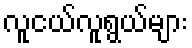
လူငယ်လူရွယ်များ